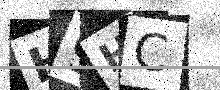
Text: H9HC